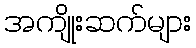
အကျိုးဆက်များ